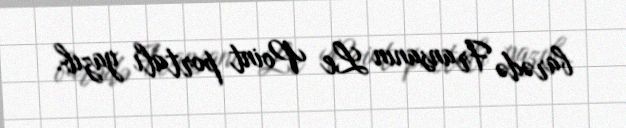
barədə Fransanın Le Point portalı yazıb.